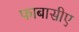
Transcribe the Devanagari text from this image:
फाबासीए